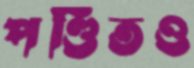
পণ্ডিতও